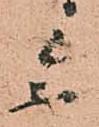
参